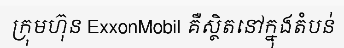
ក្រុមហ៊ុន ExxonMobil គឺស្ថិតនៅក្នុងតំបន់